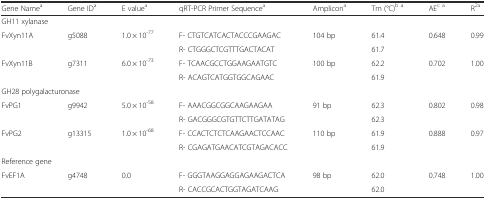
| Gene Namea | Gene IDa | E valuea | qRT-PCR Primer Sequencea | Amplicona | Tm (°C)b a | AEc a | R2a |
 | --- | --- | --- | --- | --- | --- | --- | --- |
 | <COLSPAN=8> GH11 xylanase |
 | <ROWSPAN=2> FvXyn11A | <ROWSPAN=2> g5088 | <ROWSPAN=2> 1.0 × 10-77 | F- CTGTCATCACTACCCGAAGAC | <ROWSPAN=2> 104 bp | 61.4 | <ROWSPAN=2> 0.648 | <ROWSPAN=2> 0.99 |
 | R- CTGGGCTCGTTTGACTACAT | 61.7 |
 | <ROWSPAN=2> FvXyn11B | <ROWSPAN=2> g7311 | <ROWSPAN=2> 6.0 × 10-73 | F- TCAACGCCTGGAAGAATGTC | <ROWSPAN=2> 100 bp | 62.2 | <ROWSPAN=2> 0.702 | <ROWSPAN=2> 1.00 |
 | R- ACAGTCATGGTGGCAGAAC | 61.9 |
 | <COLSPAN=8> GH28 polygalacturonase |
 | <ROWSPAN=2> FvPG1 | <ROWSPAN=2> g9942 | <ROWSPAN=2> 5.0 × 10-58 | F- AAACGGCGGCAAGAAGAA | <ROWSPAN=2> 91 bp | 62.3 | <ROWSPAN=2> 0.802 | <ROWSPAN=2> 0.98 |
 | R- GACGGGCGTGTTCTTGATATAG | 62.3 |
 | <ROWSPAN=2> FvPG2 | <ROWSPAN=2> g13315 | <ROWSPAN=2> 1.0 × 10-68 | F- CCACTCTCTCAAGAACTCCAAC | <ROWSPAN=2> 110 bp | 61.9 | <ROWSPAN=2> 0.888 | <ROWSPAN=2> 0.97 |
 | R- CGAGATGAACATCGTAGACACC | 61.9 |
 | <COLSPAN=8> Reference gene |
 | <ROWSPAN=2> FvEF1A | <ROWSPAN=2> g4748 | <ROWSPAN=2> 0.0 | F- GGGTAAGGAGGAGAAGACTCA | <ROWSPAN=2> 98 bp | 62.0 | <ROWSPAN=2> 0.748 | <ROWSPAN=2> 1.00 |
 | R- CACCGCACTGGTAGATCAAG | 62.0 |